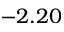
- 2 . 2 0